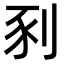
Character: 𫦀